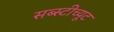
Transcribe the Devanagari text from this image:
सब्स्टीच्यूट